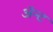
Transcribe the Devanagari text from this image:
ॲन्ट